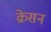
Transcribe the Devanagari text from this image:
क्रेसन